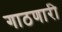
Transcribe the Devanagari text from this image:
गाठणारी